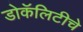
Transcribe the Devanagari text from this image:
डोकॅलिटीचे